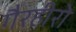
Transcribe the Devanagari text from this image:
गैरहीरो